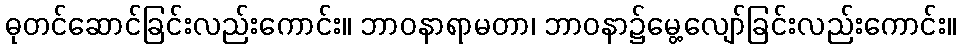
ဓုတင်ဆောင်ခြင်းလည်းကောင်း။ ဘာဝနာရာမတာ၊ ဘာဝနာ၌မွေ့လျော်ခြင်းလည်းကောင်း။